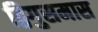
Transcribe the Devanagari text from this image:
द्विगुसमास